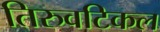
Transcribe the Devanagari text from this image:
तिरुवटिकल